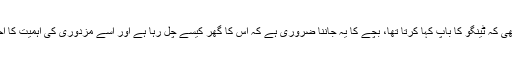
ایک اور وجہ یہ تھی کہ ٹینگو کا باپ کہا کرتا تھا، بچے کا یہ جاننا ضروری ہے کہ اس کا گھر کیسے چل رہا ہے اور اسے مزدوری کی اہمیت کا احساس ہونا چاہئے۔